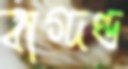
বাগ্‌দণ্ড